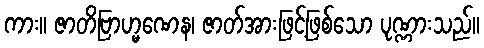
ကား။ ဇာတိဗြာဟ္မဏေန၊ ဇာတ်အားဖြင့်ဖြစ်သော ပုဏ္ဏားသည်။